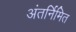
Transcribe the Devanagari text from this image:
अंतर्निमित